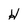
Character: H